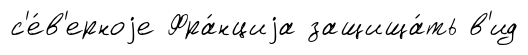
с'е́в'ерноjе Фра́нциjа защища́ть в'ид